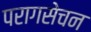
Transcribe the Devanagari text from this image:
परागसेचन